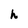
Character: h